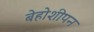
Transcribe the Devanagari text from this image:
बेहोशीपन